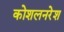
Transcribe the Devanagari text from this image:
कोशलनरेश